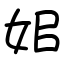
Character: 㚶